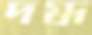
দগ্ধ